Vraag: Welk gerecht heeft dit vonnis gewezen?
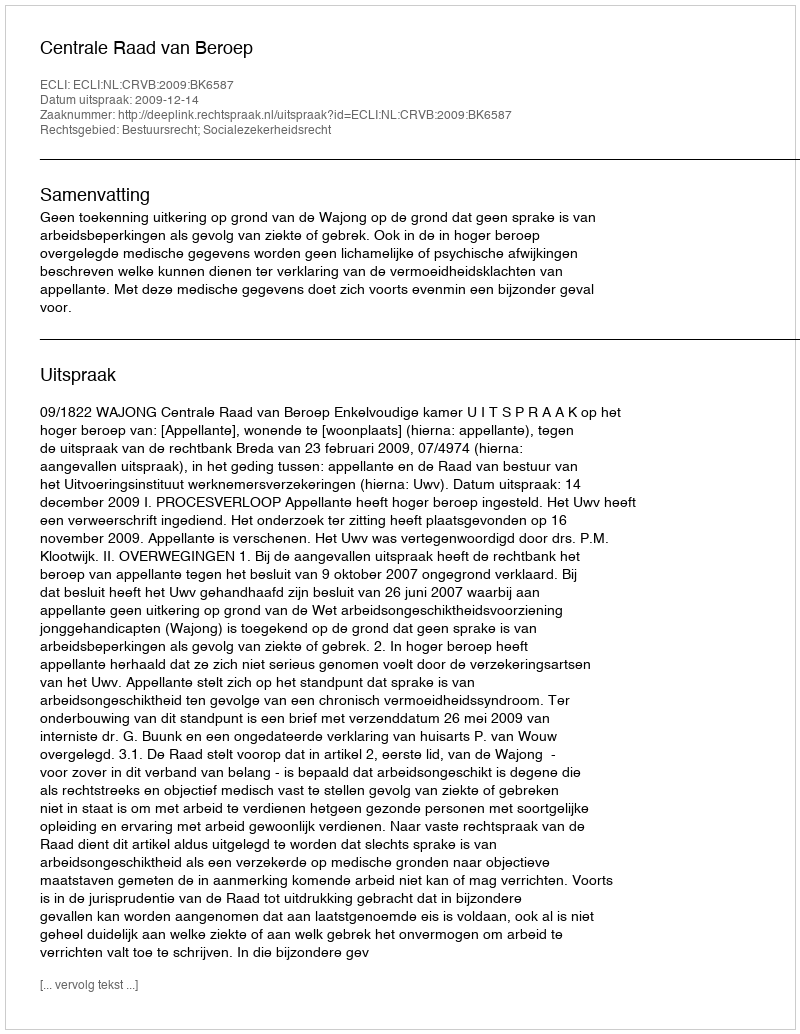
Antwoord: Centrale Raad van Beroep